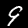
Label: 9